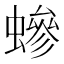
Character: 𧑁